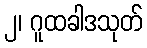
၂၊ ဂူထခါဒသုတ်